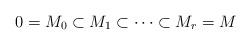
LaTeX: \begin{align*} 0=M_0\subset M_1\subset \cdots\subset M_r=M\end{align*}